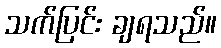
သက်ပြင်း ချရသည်။